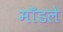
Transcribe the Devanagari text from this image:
माँडले